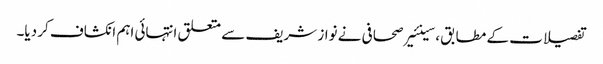
تفصیلات کے مطابق ،سینئیر صحافی نے نواز شریف سے متعلق انتہائی اہم انکشاف کر دیا۔